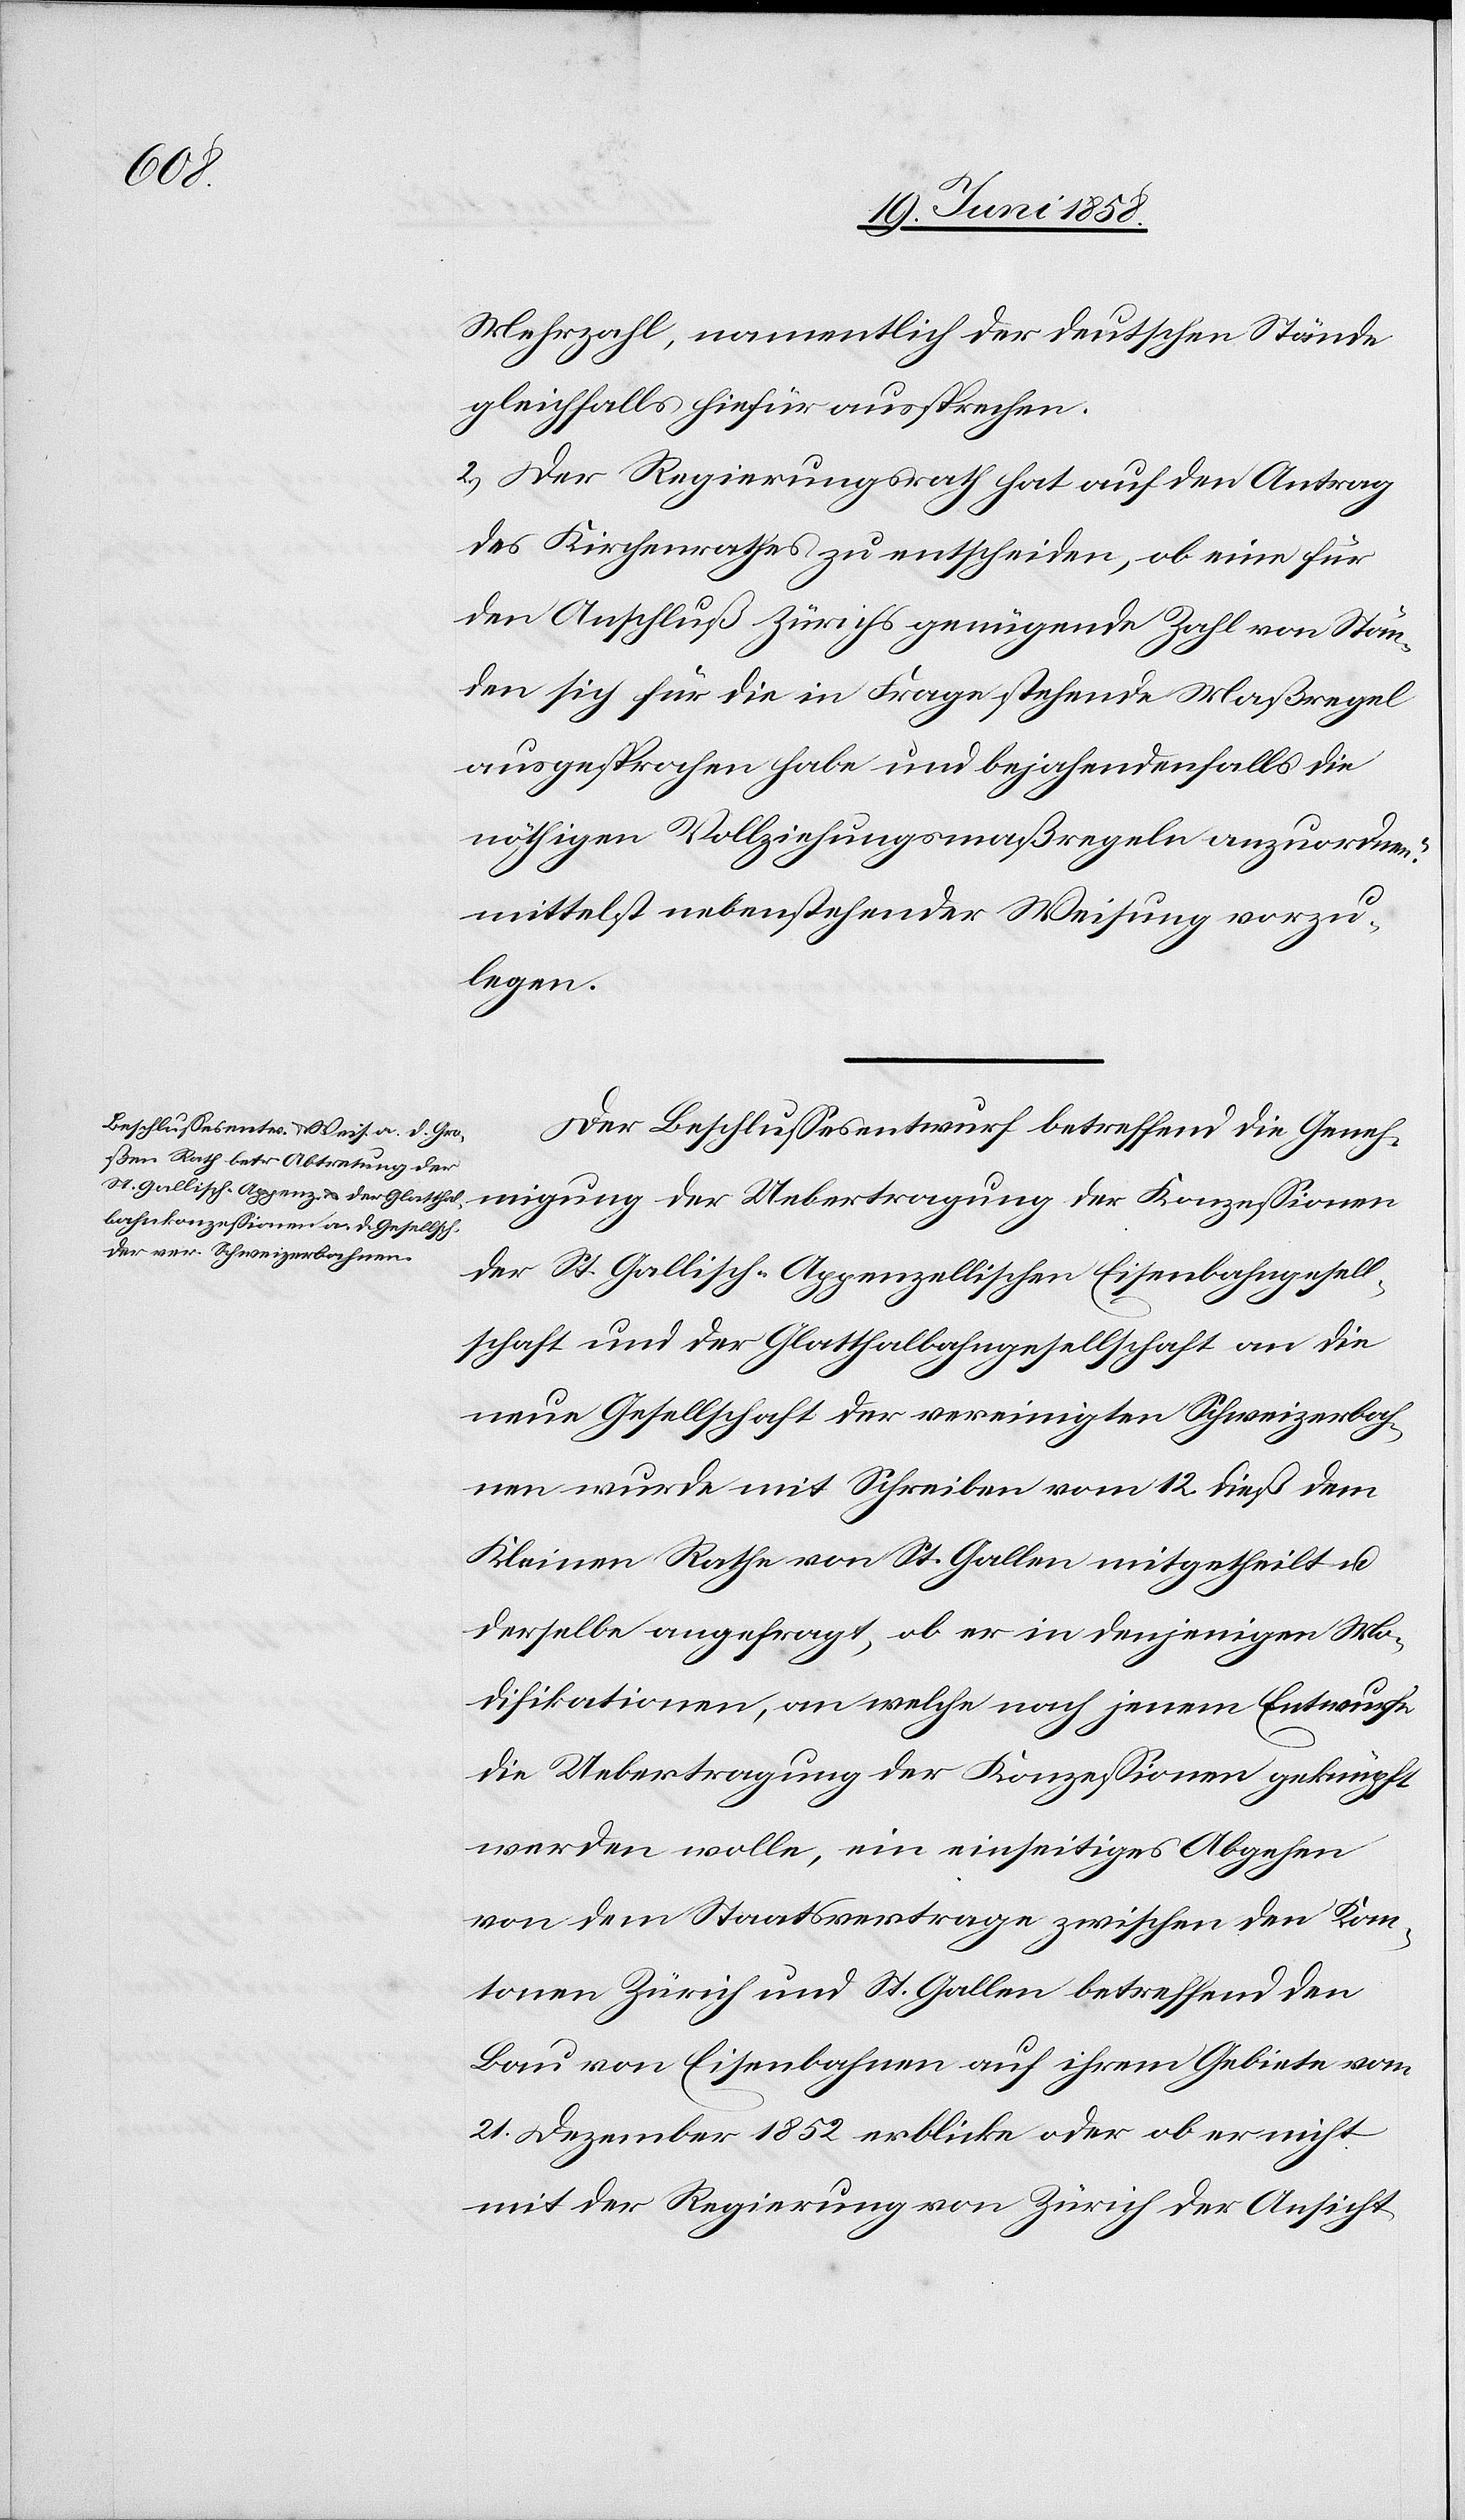
Mehrzahl, namentlich der deutschen Stände
gleichfalls hiefür aussprechen.
2.) Der Regierungsrath hat auf den Antrag
des Kirchenrathes zu entscheiden, ob eine für
den Anschluß Zürichs genügende Zahl von Stän¬
den sich für die in Frage stehende Maßregel
ausgesprochen habe und bejahendenfalls die
nöthigen Vollziehungsmaßregeln anzuordnen.“
mittelst nebenstehender Weisung vorzu¬
legen.
Der Beschlussesentwurf betreffend die Geneh¬
migung der Uebertragung der Konzessionen
der St. Gallisch-Appenzellischen Eisenbahngesell¬
schaft und der Glatthalbahngesellschaft an die
neue Gesellschaft der vereinigten Schweizerbah¬
nen wurde mit Schreiben vom 12. dieß dem
Kleinen Rathe von St. Gallen mitgetheilt u.
derselbe angefragt, ob er in denjenigen Mo¬
difikationen, an welche nach jenem Entwurfe
die Uebertragung der Konzessionen geknüpft
werden wolle, ein einseitiges Abgehen
von dem Staatsvertrage zwischen den Kan¬
tonen Zürich und St. Gallen betreffend den
Bau von Eisenbahnen auf ihrem Gebiete vom
21. Dezember 1852 erblicke oder ob er nicht
mit der Regierung von Zürich der Ansicht